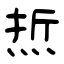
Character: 焎